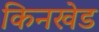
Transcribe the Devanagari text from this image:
किनखेड